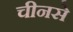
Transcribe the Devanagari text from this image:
चीनसे